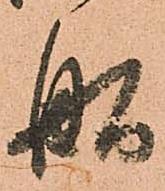
舩